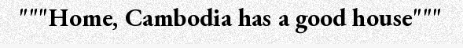
"""Home, Cambodia has a good house"""